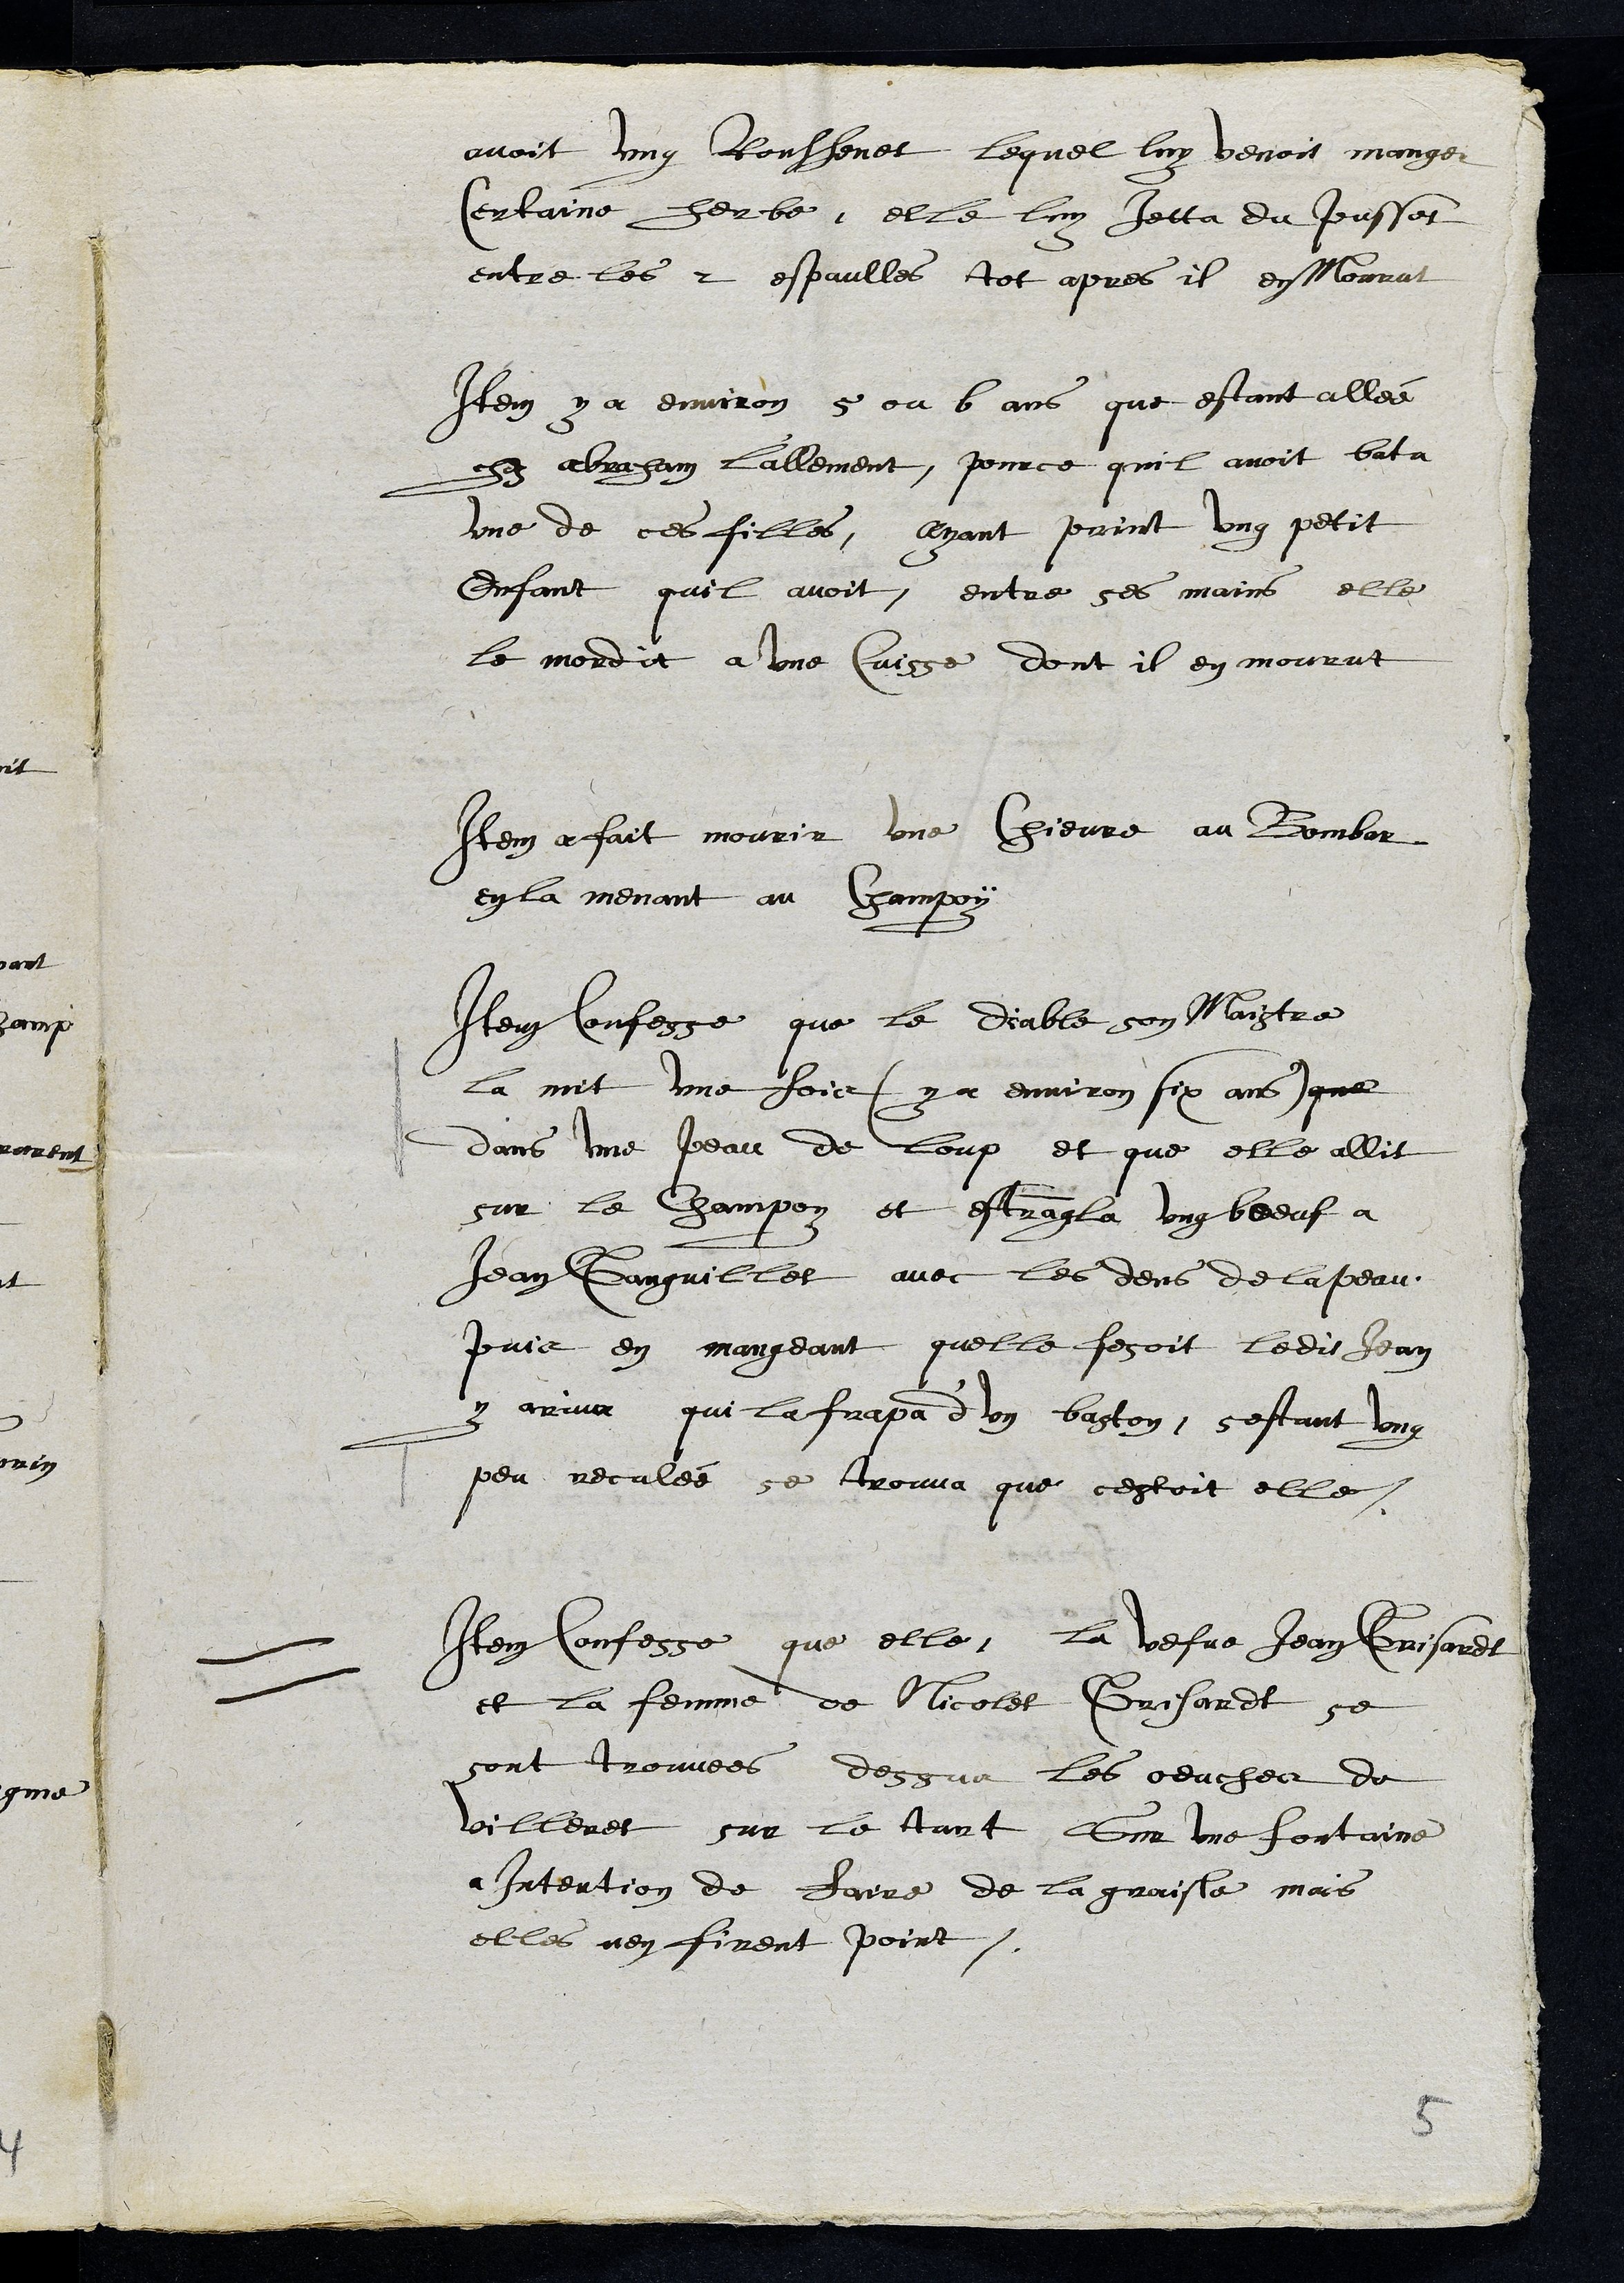
avoit ung Ronssenet lequel luy venoit manger
certaine herbe, elle luy jetta du poussat
entre les 2 espaulles tot apres il en Mourut
Item y a environ 5 ou 6 ans que estant allée
chez Abrahan L'allement, pource quil avoit batu
une de ces filles, ayant print ung petit
enfant quil avoit, entre ses mains elle
le mordit a une Cuisse dont il en mourut
Item a fait mourir une chievre au Bombar
en la menant au Champoy
Item confesse que le diable son Maistre
la mit une fois (y a environ six ans) que
dans une peau de loup et que elle allit
sur le champoy et estrangla ung boeuf a
Jean Ganguillet avec les dens de la peau
puis en mangeant quelle fesoit ledit Jean
y arriva qui la frapa d’un baston, sestant ung
peu reculée se trouva que cestoit elle.
Item confesse que elle, la vefve Jean Grisardt
et la femme de Nicolet Grisardt se
sont trouvees dessus les oeuches de
Villeret sur le tart sur une fontaine
a intention de faire de la graisle mais
elles nen firent point.
5